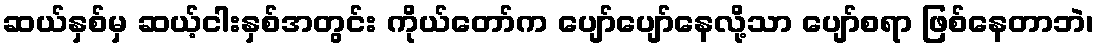
ဆယ်နှစ်မှ ဆယ့်ငါးနှစ်အတွင်း ကိုယ်တော်က ပျော်ပျော်နေလို့သာ ပျော်စရာ ဖြစ်နေတာဘဲ၊